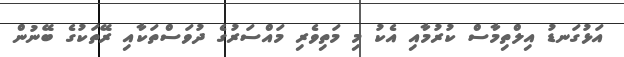
އަޅުގަނޑު އިލްތިމާސް ކުރުމާއި އެކު މި މަތިވެރި މައްސަރުގެ ދުވަސްތަކާއި ރޭތަކުގެ ބޭނުން